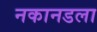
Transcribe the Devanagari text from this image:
नकानडला